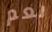
نعم